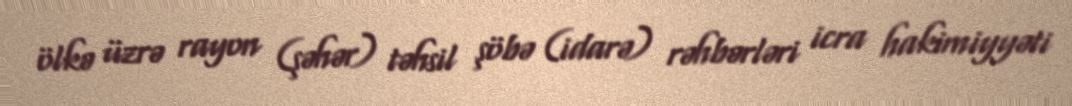
ölkə üzrə rayon (şəhər) təhsil şöbə (idarə) rəhbərləri icra hakimiyyəti